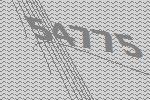
54775